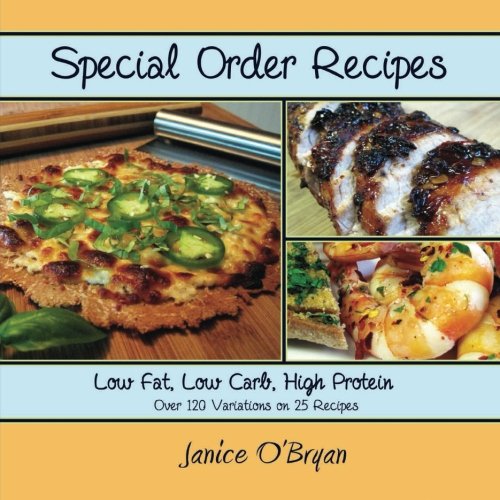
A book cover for Special Order Recipes: Low Fat, Low Carb, High Protein; Janice OBryan; Cookbooks, Food & Wine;